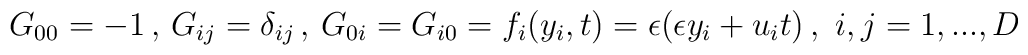
G_{00}=-1 \,,\, G_{ij}=\delta_{ij} \,,\,G_{0i}=G_{i0}=f_i(y_i,t)=\epsilon (\epsilon y_i + u_i t)\, ,\,\,i,j=1,...,D